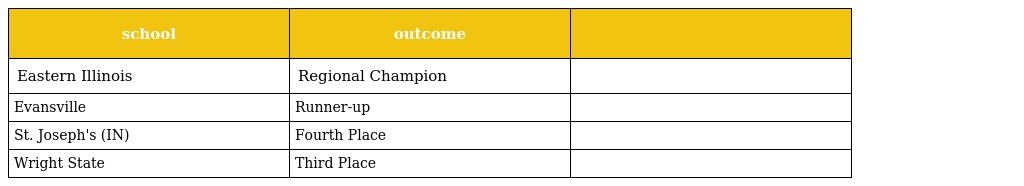
| school | outcome |  |
 | --- | --- | --- |
 | Eastern Illinois | Regional Champion |  |
 | Evansville | Runner-up |  |
 | St. Joseph's (IN) | Fourth Place |  |
 | Wright State | Third Place |  |